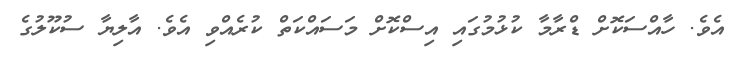
އެވެ. ހާއްސަކޮށް ޑްރާމާ ކުޅުމުގައި އިސްކޮށް މަސައްކަތް ކުރެއްވި އެވެ. އާލިޔާ ސުކޫލުގެ